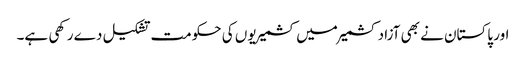
اور پاکستان نے بھی آزاد کشمیر میں کشمیریوں کی حکومت تشکیل دے رکھی ہے۔